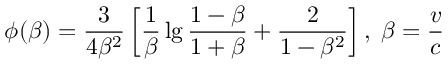
\phi ( \beta ) = { \frac { 3 } { 4 \beta ^ { 2 } } } \left[ { \frac { 1 } { \beta } } \lg { \frac { 1 - \beta } { 1 + \beta } } + { \frac { 2 } { 1 - \beta ^ { 2 } } } \right] , \; \beta = { \frac { v } { c } }